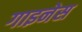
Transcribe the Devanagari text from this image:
गाइनेस